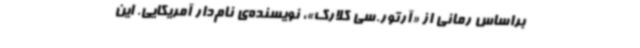
براساس رمانی از «آرتور.سی کلارک»، نویسنده‌ی نام‌دار آمریکایی. این